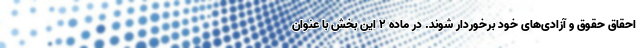
احقاق حقوق و آزادی‌های خود برخوردار شوند. در ماده ۲ این بخش با عنوان